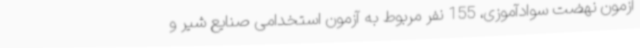
آزمون نهضت سوادآموزی، 155 نفر مربوط به آزمون استخدامی صنایع شیر و